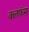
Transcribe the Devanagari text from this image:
क्लफॅम